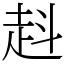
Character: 𧺯